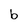
Character: b